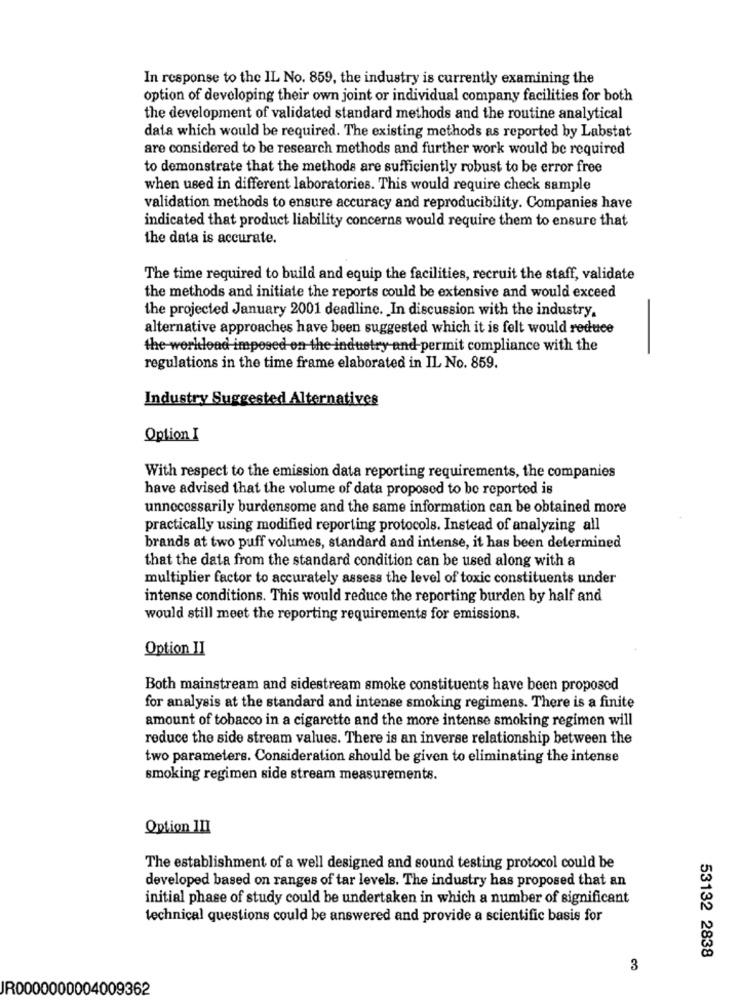
In response to the IL No. 859, the industry is currently examining the
option of developing their own joint or individual company facilities for both
the development of validated standard methods and the routine analytical
data which would be required. The existing methods as reported by Labstat
are considered to be research methods and further work would be required
to demonstrate that the methods are sufficiently robust to be error free
when used in different laboratories. This would require check sample
validation methods to ensure accuracy and reproducibility. Companies have
indicated that product liability concerns would require them to ensure that
the data is accurate.
The time required to build and equip the facilities, recruit the staff, validate
the methods and initiate the reports could be extensive and would exceed
the projected January 2001 deadline. In discussion with the industry,
alternative approaches have been suggested which it is felt would reduce
the workload imposed on the industry and permit compliance with the
regulations in the time frame elaborated in IL No. 859.
Industry Suggested Alternatives
Option I
With respect to the emission data reporting requirements, the companies
have advised that the volume of data proposed to be reported is
unnecessarily burdensome and the same information can be obtained more
practically using modified reporting protocols. Instead of analyzing all
brands at two puff volumes, standard and intense, it has been determined
that the data from the standard condition can be used along with a
multiplier factor to accurately assess the level of toxic constituents under
intense conditions. This would reduce the reporting burden by half and
would still meet the reporting requirements for emissions.
Option II
Both mainstream and sidestream smoke constituents have been proposod
for analysis at the standard and intense smoking regimens. There is a finite
amount of tobacco in a cigarette and the more intense smoking regimen will
reduce the side stream values. There is an inverse relationship between the
two parameters. Consideration should be given to eliminating the intense
smoking regimen side stream measurements.
Option 1II
The establishment of a well designed and sound testing protocol could be
developed based on ranges of tar levels. The industry has proposed that an
initial phase of study could be undertaken in which a number of significant
technical questions could be answered and provide a scientific basis for
53132 2838
3
JR0000000004009362